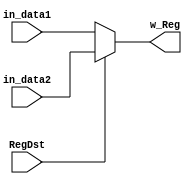
`timescale 1ns / 1ps
//////////////////////////////////////////////////////////////////////////////////
// Company: 
// Engineer: 
// 
// Design Name: 
// Module Name: MUX4
// Project Name: 
// Target Devices: 
// Tool Versions: 
// Description: 
// 
// Dependencies: 
// 
// Revision:
// Revision 0.01 - File Created
// Additional Comments:
// 
//////////////////////////////////////////////////////////////////////////////////


module MUX4(
in_data1,in_data2,RegDst,w_Reg
    );
    input [4:0]in_data1,in_data2;
    input RegDst;
    output [4:0]w_Reg;
    assign w_Reg=(RegDst==0)?in_data1:in_data2;
endmodule